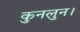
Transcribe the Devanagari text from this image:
कुनलुन।